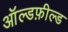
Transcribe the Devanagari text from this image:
ऑल्डफ़ील्ड